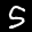
Label: 5